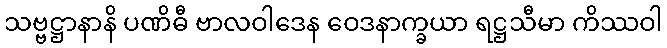
သဗ္ဗဋ္ဌာနာနိ ပဏိဓီ ဗာလဝါဒေန ဝေဒနာက္ခယာ ရဋ္ဌသီမာ ကိဿဝါ